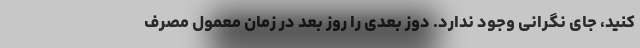
کنید، جای نگرانی وجود ندارد. دوز بعدی را روز بعد در زمان معمول مصرف